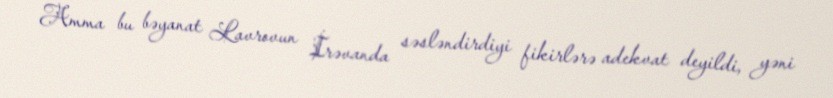
Amma bu bəyanat Lavrovun İrəvanda səsləndirdiyi fikirlərə adekvat deyildi, yəni